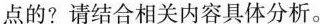
点的？请结合相关内容具体分析。